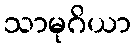
သာမုဂိယာ